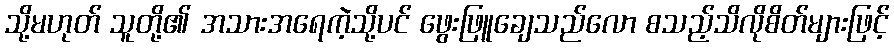
သို့မဟုတ် သူတို့၏ အသားအရေကဲ့သို့ပင် ဖွေးဖြူချေသည်လော စသည့်သိလိုစိတ်များဖြင့်